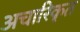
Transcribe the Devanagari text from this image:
अचारिकृत